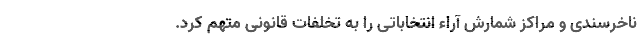
ناخرسندی و مراکز شمارش آراء انتخاباتی را به تخلفات قانونی متهم کرد.